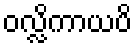
ဝလ္လိကာယပိ